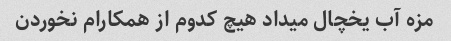
مزه آب یخچال میداد هیچ کدوم از همکارام نخوردن